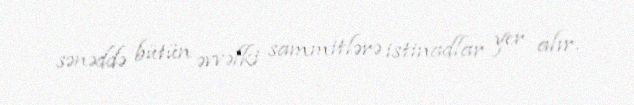
sənəddə bütün əvvəlki sammitlərə istinadlar yer alır.